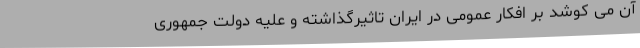
آن می کوشد بر افکار عمومی در ایران تاثیرگذاشته و علیه دولت جمهوری